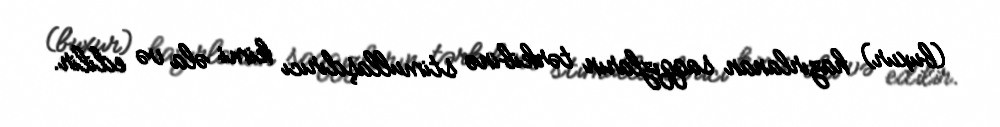
(buxur) hazırlanan saqqızların tərkibinə stimullaşdırıcı kimi əla və edilir.